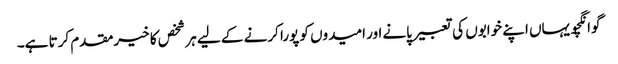
گوانگچو یہاں اپنے خوابوں کی تعبیر پانے اور امیدوں کو پورا کرنے کے لیے ہر شخص کا خیرمقدم کرتا ہے۔